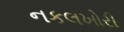
નકલખોરી